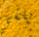
يلقي